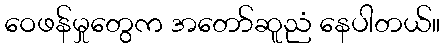
ဝေဖန်မှုတွေက အတော်ဆူညံ နေပါတယ်။